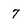
Character: 7